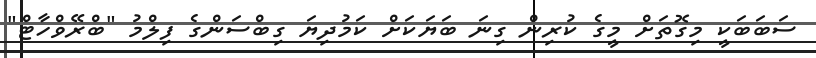
ސަބަބަކީ މިގޮތަށް މީގެ ކުރިން ގިނަ ބަޔަކަށް ކަމުދިޔަ ގިބްސަންގެ ފިލްމު "ބްރޭވްހާޓް"